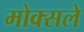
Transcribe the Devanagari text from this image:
मोक्सले